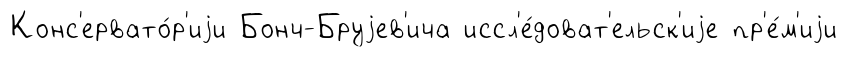
Конс'ервато́р'иjи Бонч-Бруjев'ича иссл'е́доват'ельск'иjе пр'е́м'иjи